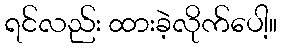
ရင်လည်း ထားခဲ့လိုက်ပေါ့။